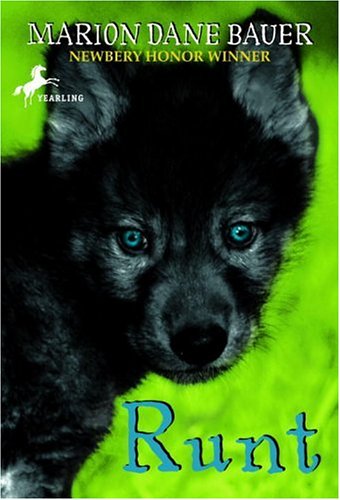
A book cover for Runt; Marion Dane Bauer; Children's Books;